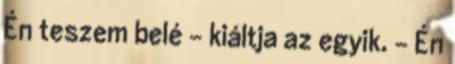
Én teszem belé - kiáltja az egyik. - Én